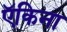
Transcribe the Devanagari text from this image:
ऍकिना